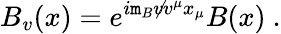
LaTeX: B_{v}(x)=e^{i\mathtt{m}_{B}{\not{v}}v^{\mu}x_{\mu}}B(x)\ .